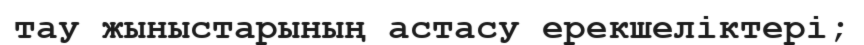
тау жыныстарының астасу ерекшеліктері;